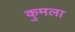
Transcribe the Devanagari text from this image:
कुमला